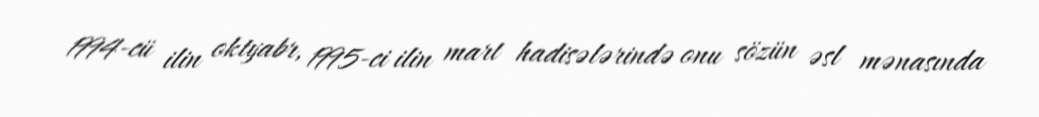
1994-cü ilin oktyabr, 1995-ci ilin mart hadisələrində onu sözün əsl mənasında